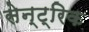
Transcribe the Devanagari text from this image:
सेन्ट्रिक